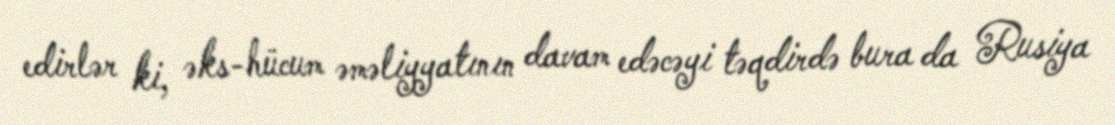
edirlər ki, əks-hücum əməliyyatının davam edəcəyi təqdirdə bura da Rusiya